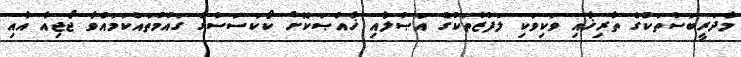
މާދަރީބަސްތަކުގެ ތާރިޚާއި ވަކިވަކި ލަފުޒުތަކުގެ އަޞްލާއި ޚާއްޞަކޮށް ކޯކަސަސްގެ ގައުމުތައްކަމައްވާ ޖޯޖިއާ އާއި